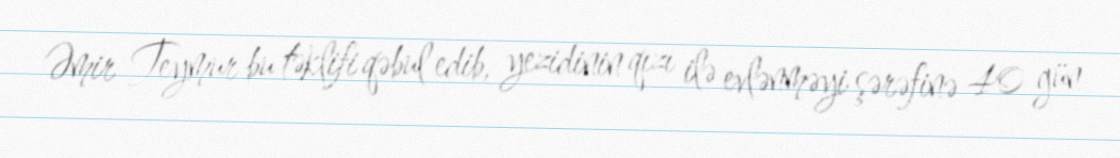
Əmir Teymur bu təklifi qəbul edib, yezidinin qızı ilə evlənməyi şərəfinə 40 gün